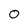
Character: 0